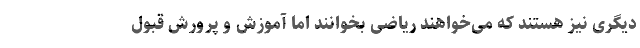
دیگری نیز هستند که می‌خواهند ریاضی بخوانند اما آموزش و پرورش قبول